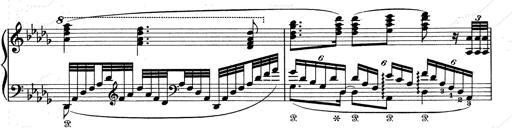
Title: Walhall aus Der Ring des Nibelungen
Composer: Franz Liszt